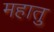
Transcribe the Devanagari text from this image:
महातु